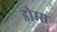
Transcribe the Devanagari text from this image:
डोम्स